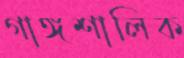
গাঙ্গশালিক